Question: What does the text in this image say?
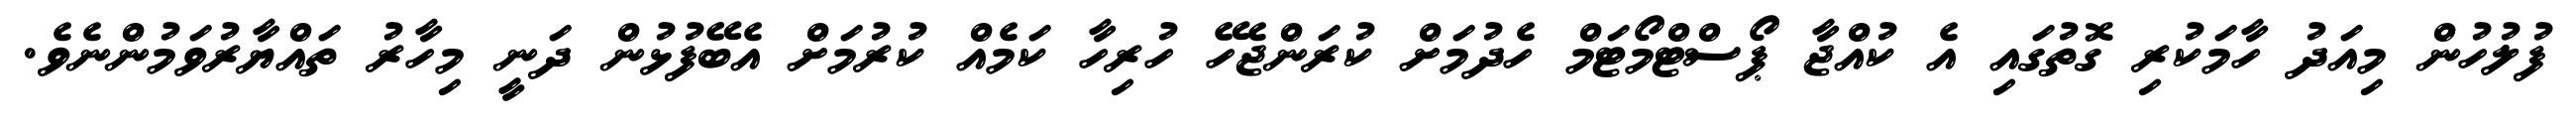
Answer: ފުލުހުން މިއަދު ހާމަކުރި ގޮތުގައި އެ ކުއްޖާ ޕޯސްޓްމޯޓަމް ހެދުމަށް ކުރަންޖެހޭ ހުރިހާ ކަމެއް ކުރުމަށް އެބޭފުޅުން ދަނީ މިހާރު ތައްޔާރުވަމުންނެވެ.